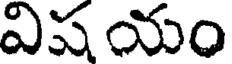
విష యం